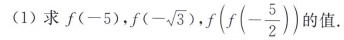
(1)求f (-5)，f (-\sqrt {3} )，f ( f (-\frac {5} {2} ) ) 值。